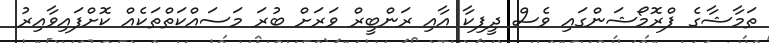
ތަމާޝާގެ ޕްރޮމޯޝަންގައި ވެސް ދީޕިކާ އާއި ރަންބީރް ވަރަށް ބުރަ މަސައްކަތްތަކެއް ކޮށްފައިވާއިރު